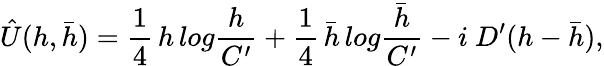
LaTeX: \hat{U}(h,\bar{h})={\frac{1}{4}}\, h\, log{\frac{h}{C^{\prime}}}+{\frac{1}{4}}\, \bar{h}\, log{\frac{\bar{h}}{C^{\prime}}}-i\ D^{\prime}(h-\bar{h}),